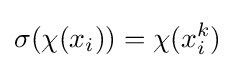
\sigma (\chi (x_{i}))=\chi (x_{i}^{k})